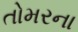
તોમરના